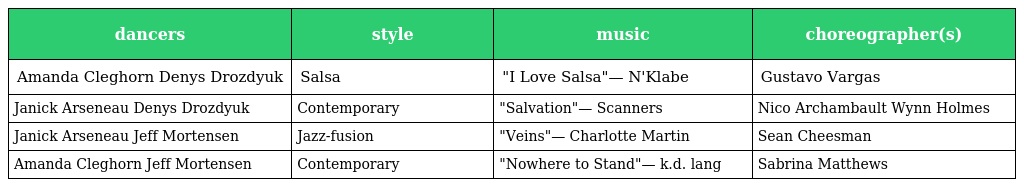
| dancers | style | music | choreographer(s) |
 | --- | --- | --- | --- |
 | Amanda Cleghorn Denys Drozdyuk | Salsa | "I Love Salsa"— N'Klabe | Gustavo Vargas |
 | Janick Arseneau Denys Drozdyuk | Contemporary | "Salvation"— Scanners | Nico Archambault Wynn Holmes |
 | Janick Arseneau Jeff Mortensen | Jazz-fusion | "Veins"— Charlotte Martin | Sean Cheesman |
 | Amanda Cleghorn Jeff Mortensen | Contemporary | "Nowhere to Stand"— k.d. lang | Sabrina Matthews |